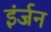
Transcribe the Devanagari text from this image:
इंर्जन